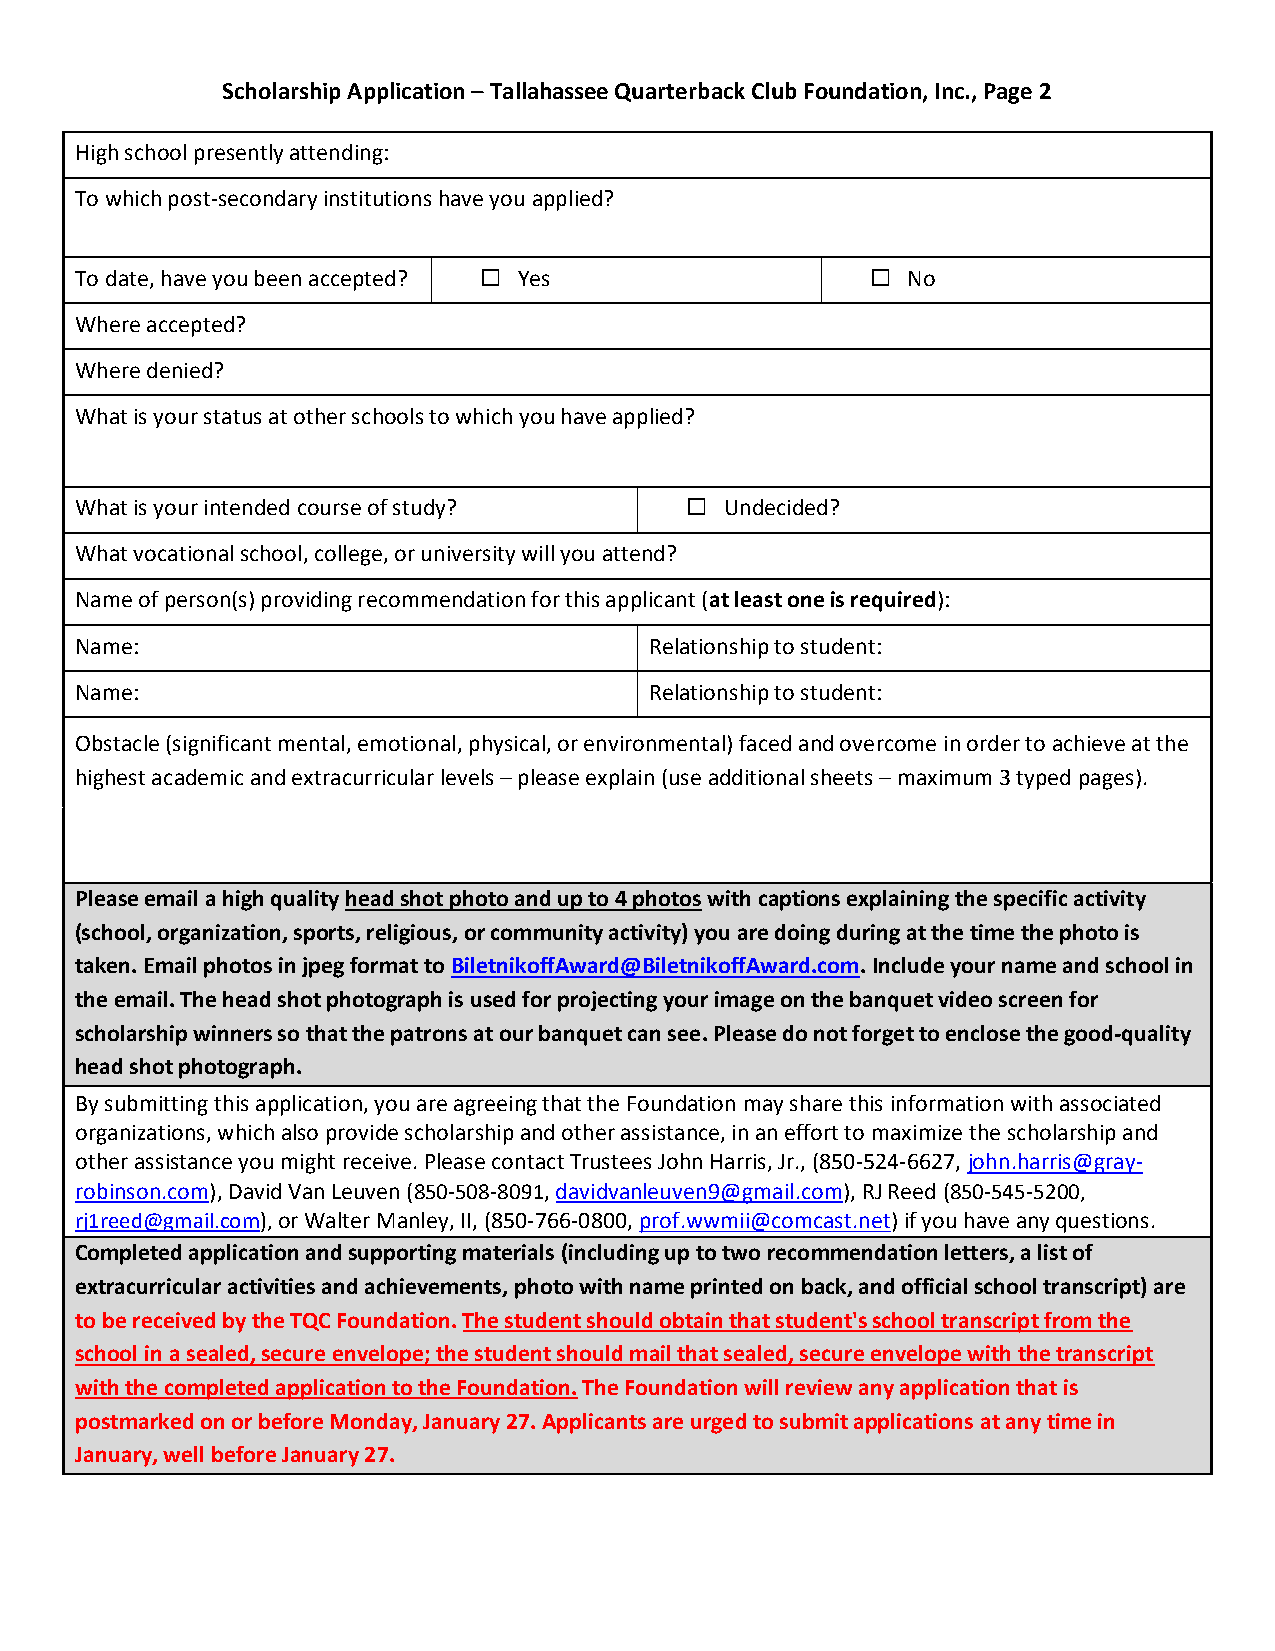
Scholarship Application – Tallahassee Quarterback Club Foundation, Inc., Page 2
 High school presently attending:
 To which post-secondary institutions have you applied?
 To date, have you been accepted?  Yes                No
 Where accepted?
 Where denied?
 What is your status at other schools to which you have applied?
 What is your intended course of study?    Undecided?
 What vocational school, college, or university will you attend?
 Name of person(s) providing recommendation for this applicant (at least one is required):
 Name:                                 Relationship to student:
 Name:                                 Relationship to student:
 Obstacle (significant mental, emotional, physical, or environmental) faced and overcome in order to achieve at the
 highest academic and extracurricular levels – please explain (use additional sheets – maximum 3 typed pages).
 Please email a high quality head shot photo and up to 4 photos with captions explaining the specific activity
 (school, organization, sports, religious, or community activity) you are doing during at the time the photo is
 taken. Email photos in jpeg format to BiletnikoffAward@BiletnikoffAward.com. Include your name and school in
 the email. The head shot photograph is used for projecting your image on the banquet video screen for
 scholarship winners so that the patrons at our banquet can see. Please do not forget to enclose the good-quality
 head shot photograph.
 By submitting this application, you are agreeing that the Foundation may share this information with associated
 organizations, which also provide scholarship and other assistance, in an effort to maximize the scholarship and
 other assistance you might receive. Please contact Trustees John Harris, Jr., (850-524-6627, john.harris@gray-
 robinson.com), David Van Leuven (850-508-8091, davidvanleuven9@gmail.com), RJ Reed (850-545-5200,
 rj1reed@gmail.com), or Walter Manley, II, (850-766-0800, prof.wwmii@comcast.net) if you have any questions.
 Completed application and supporting materials (including up to two recommendation letters, a list of
 extracurricular activities and achievements, photo with name printed on back, and official school transcript) are
 to be received by the TQC Foundation. The student should obtain that student's school transcript from the
 school in a sealed, secure envelope; the student should mail that sealed, secure envelope with the transcript
 with the completed application to the Foundation. The Foundation will review any application that is
 postmarked on or before Monday, January 27. Applicants are urged to submit applications at any time in
 January, well before January 27.